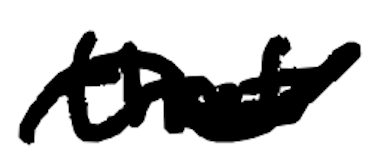
Text: that
Cross-out: wave
Writing tool: digital_black